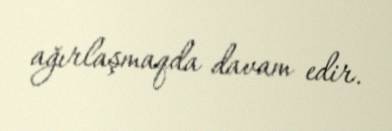
ağırlaşmaqda davam edir.